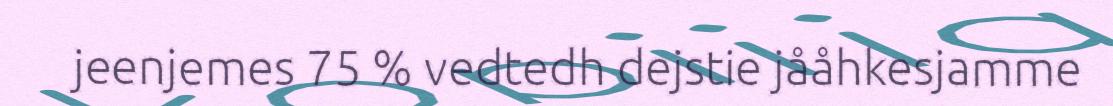
jeenjemes 75 % vedtedh dejstie jååhkesjamme